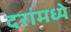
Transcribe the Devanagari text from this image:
दरांमध्ये